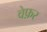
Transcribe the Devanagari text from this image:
वेफ़र